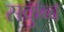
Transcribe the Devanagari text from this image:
सक्रुब्ब